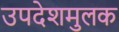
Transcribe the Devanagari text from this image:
उपदेशमुलक